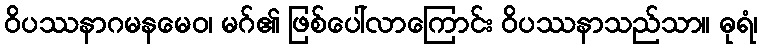
ဝိပဿနာဂမနမေဝ၊ မဂ်၏ ဖြစ်ပေါ်လာကြောင်း ဝိပဿနာသည်သာ။ ဓုရံ၊